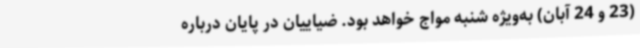
(23 و 24 آبان) به‌ویژه شنبه مواج خواهد بود. ضیاییان در پایان درباره